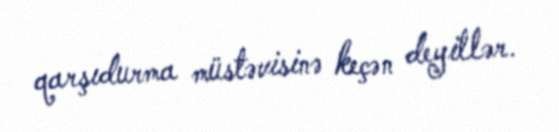
qarşıdurma müstəvisinə keçən deyillər.